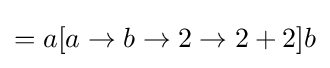
=a[a\to b\to 2\to 2+2]b